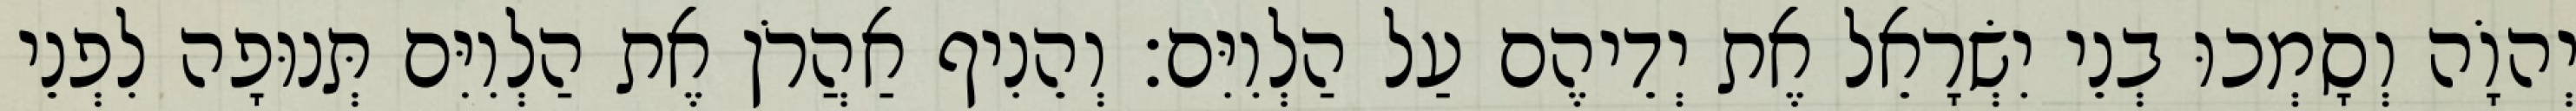
יְהוָֹה וְסָמְכוּ בְנֵי יִשְׂרָאֵל אֶת יְדֵיהֶם עַל הַלְוִיִּם׃ וְהֵנִיף אַהֲרֹן אֶת הַלְוִיִּם תְּנוּפָה לִפְנֵי